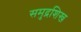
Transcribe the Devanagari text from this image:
समुद्रशिख